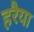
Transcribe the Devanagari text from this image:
हरैया